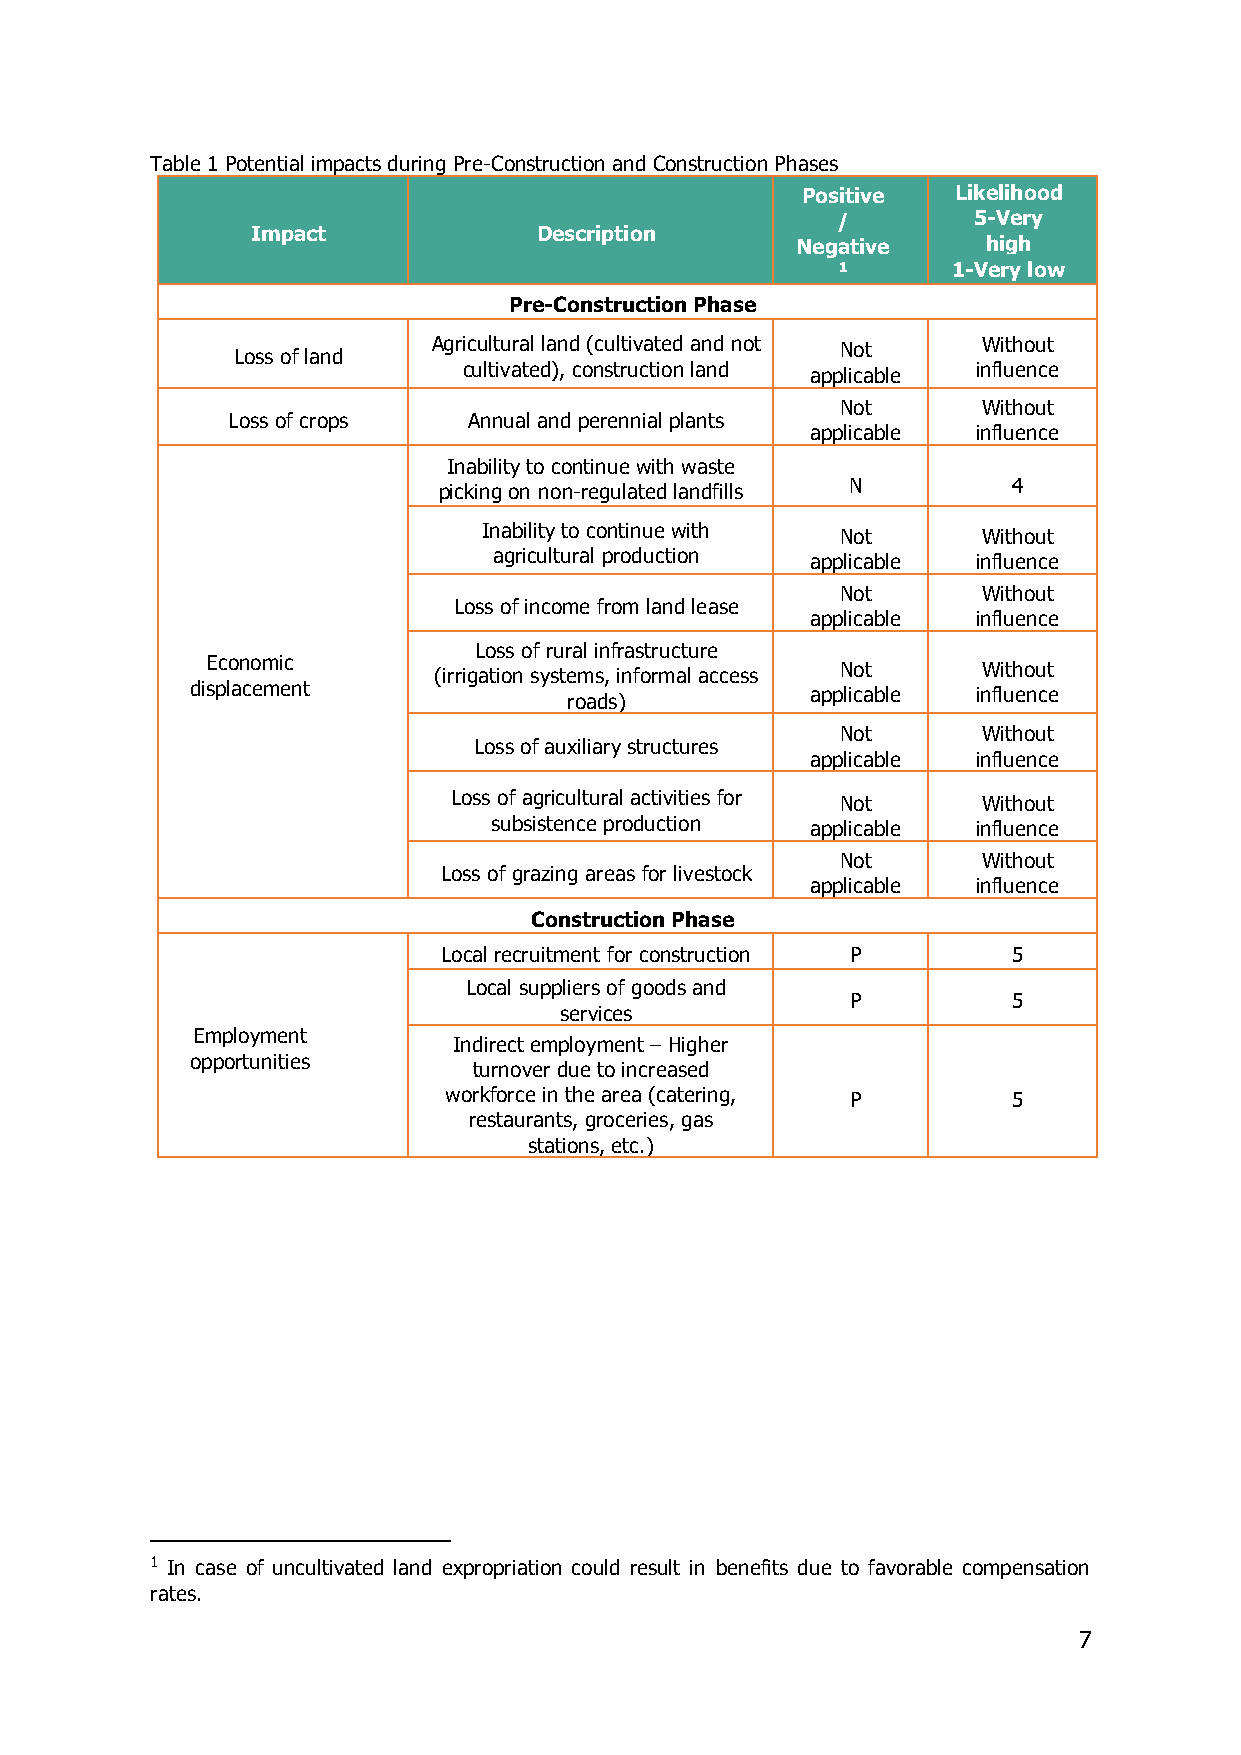
Table 1 Potential impacts during Pre-Construction and Construction Phases
 Positive  Likelihood
 /        5-Very
 Impact             Description
 Negative    high
 1      1-Very low
 Pre-Construction Phase
 Agricultural land (cultivated and not Not Without
 Loss of land
 cultivated), construction land applicable influence
 Not      Without
 Loss of crops   Annual and perennial plants
 applicable influence
 Inability to continue with waste
 N          4
 picking on non-regulated landfills
 Inability to continue with Not   Without
 agricultural production applicable influence
 Not      Without
 Loss of income from land lease
 applicable influence
 Loss of rural infrastructure
 Economic
 Not      Without
 (irrigation systems, informal access
 displacement
 applicable influence
 roads)
 Not      Without
 Loss of auxiliary structures
 applicable influence
 Loss of agricultural activities for Not Without
 subsistence production applicable influence
 Not      Without
 Loss of grazing areas for livestock
 applicable influence
 Construction Phase
 Local recruitment for construction P  5
 Local suppliers of goods and
 P          5
 services
 Employment
 Indirect employment – Higher
 opportunities
 turnover due to increased
 workforce in the area (catering, P    5
 restaurants, groceries, gas
 stations, etc.)
 1 In case of uncultivated land expropriation could result in benefits due to favorable compensation
 rates.
 7